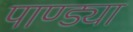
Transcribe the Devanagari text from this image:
पाण्ड्या